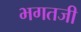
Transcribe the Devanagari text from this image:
भगतजी